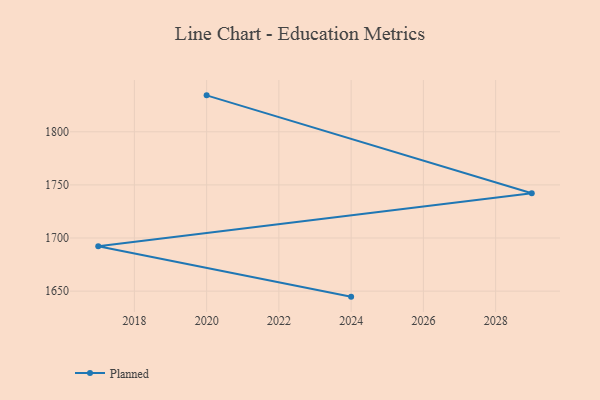
{"axis": {"x": "Year", "y": "Backlog"}, "legend": ["Planned"], "data": [{"x": "2020", "y": 1834.3, "type": "Planned"}, {"x": "2029", "y": 1742.2, "type": "Planned"}, {"x": "2017", "y": 1692.3, "type": "Planned"}, {"x": "2024", "y": 1644.8, "type": "Planned"}]}